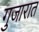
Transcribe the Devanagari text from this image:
गुजारात